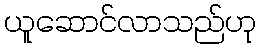
ယူဆောင်လာသည်ဟု